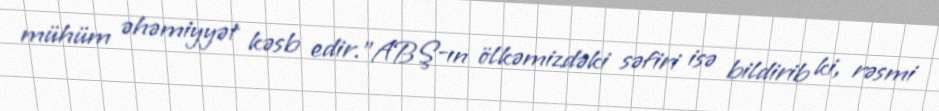
mühüm əhəmiyyət kəsb edir.”ABŞ-ın ölkəmizdəki səfiri isə bildirib ki, rəsmi